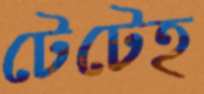
টেটেহ